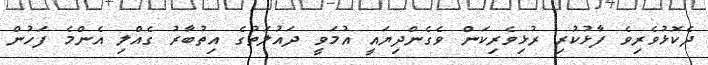
ދެކޮޅުވެރިވެ ފާޅުކުރި ރުޅިވެރިކަން ވެގެންދިޔައީ އުމަވީ ދައުލަތުގެ އިތުބާރު ގެއްލި އެންމެ ފަހުން